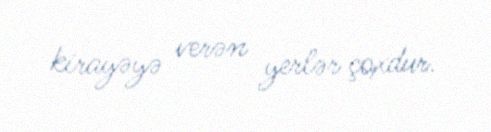
kirayəyə verən yerlər çoxdur.